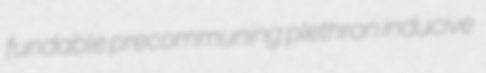
fundable precommuning plethron inducive